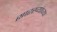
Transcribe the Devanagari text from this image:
सारख्यांच्या